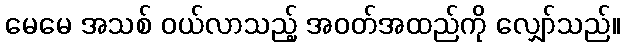
မေမေ အသစ် ဝယ်လာသည့် အဝတ်အထည်ကို လျှော်သည်။